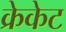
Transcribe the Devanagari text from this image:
क्रेकेट